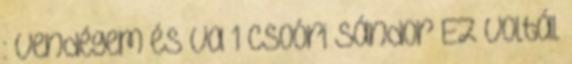
: Vendégem és va 1 Csoóri Sándor Ez voltál